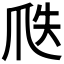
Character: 𤔅